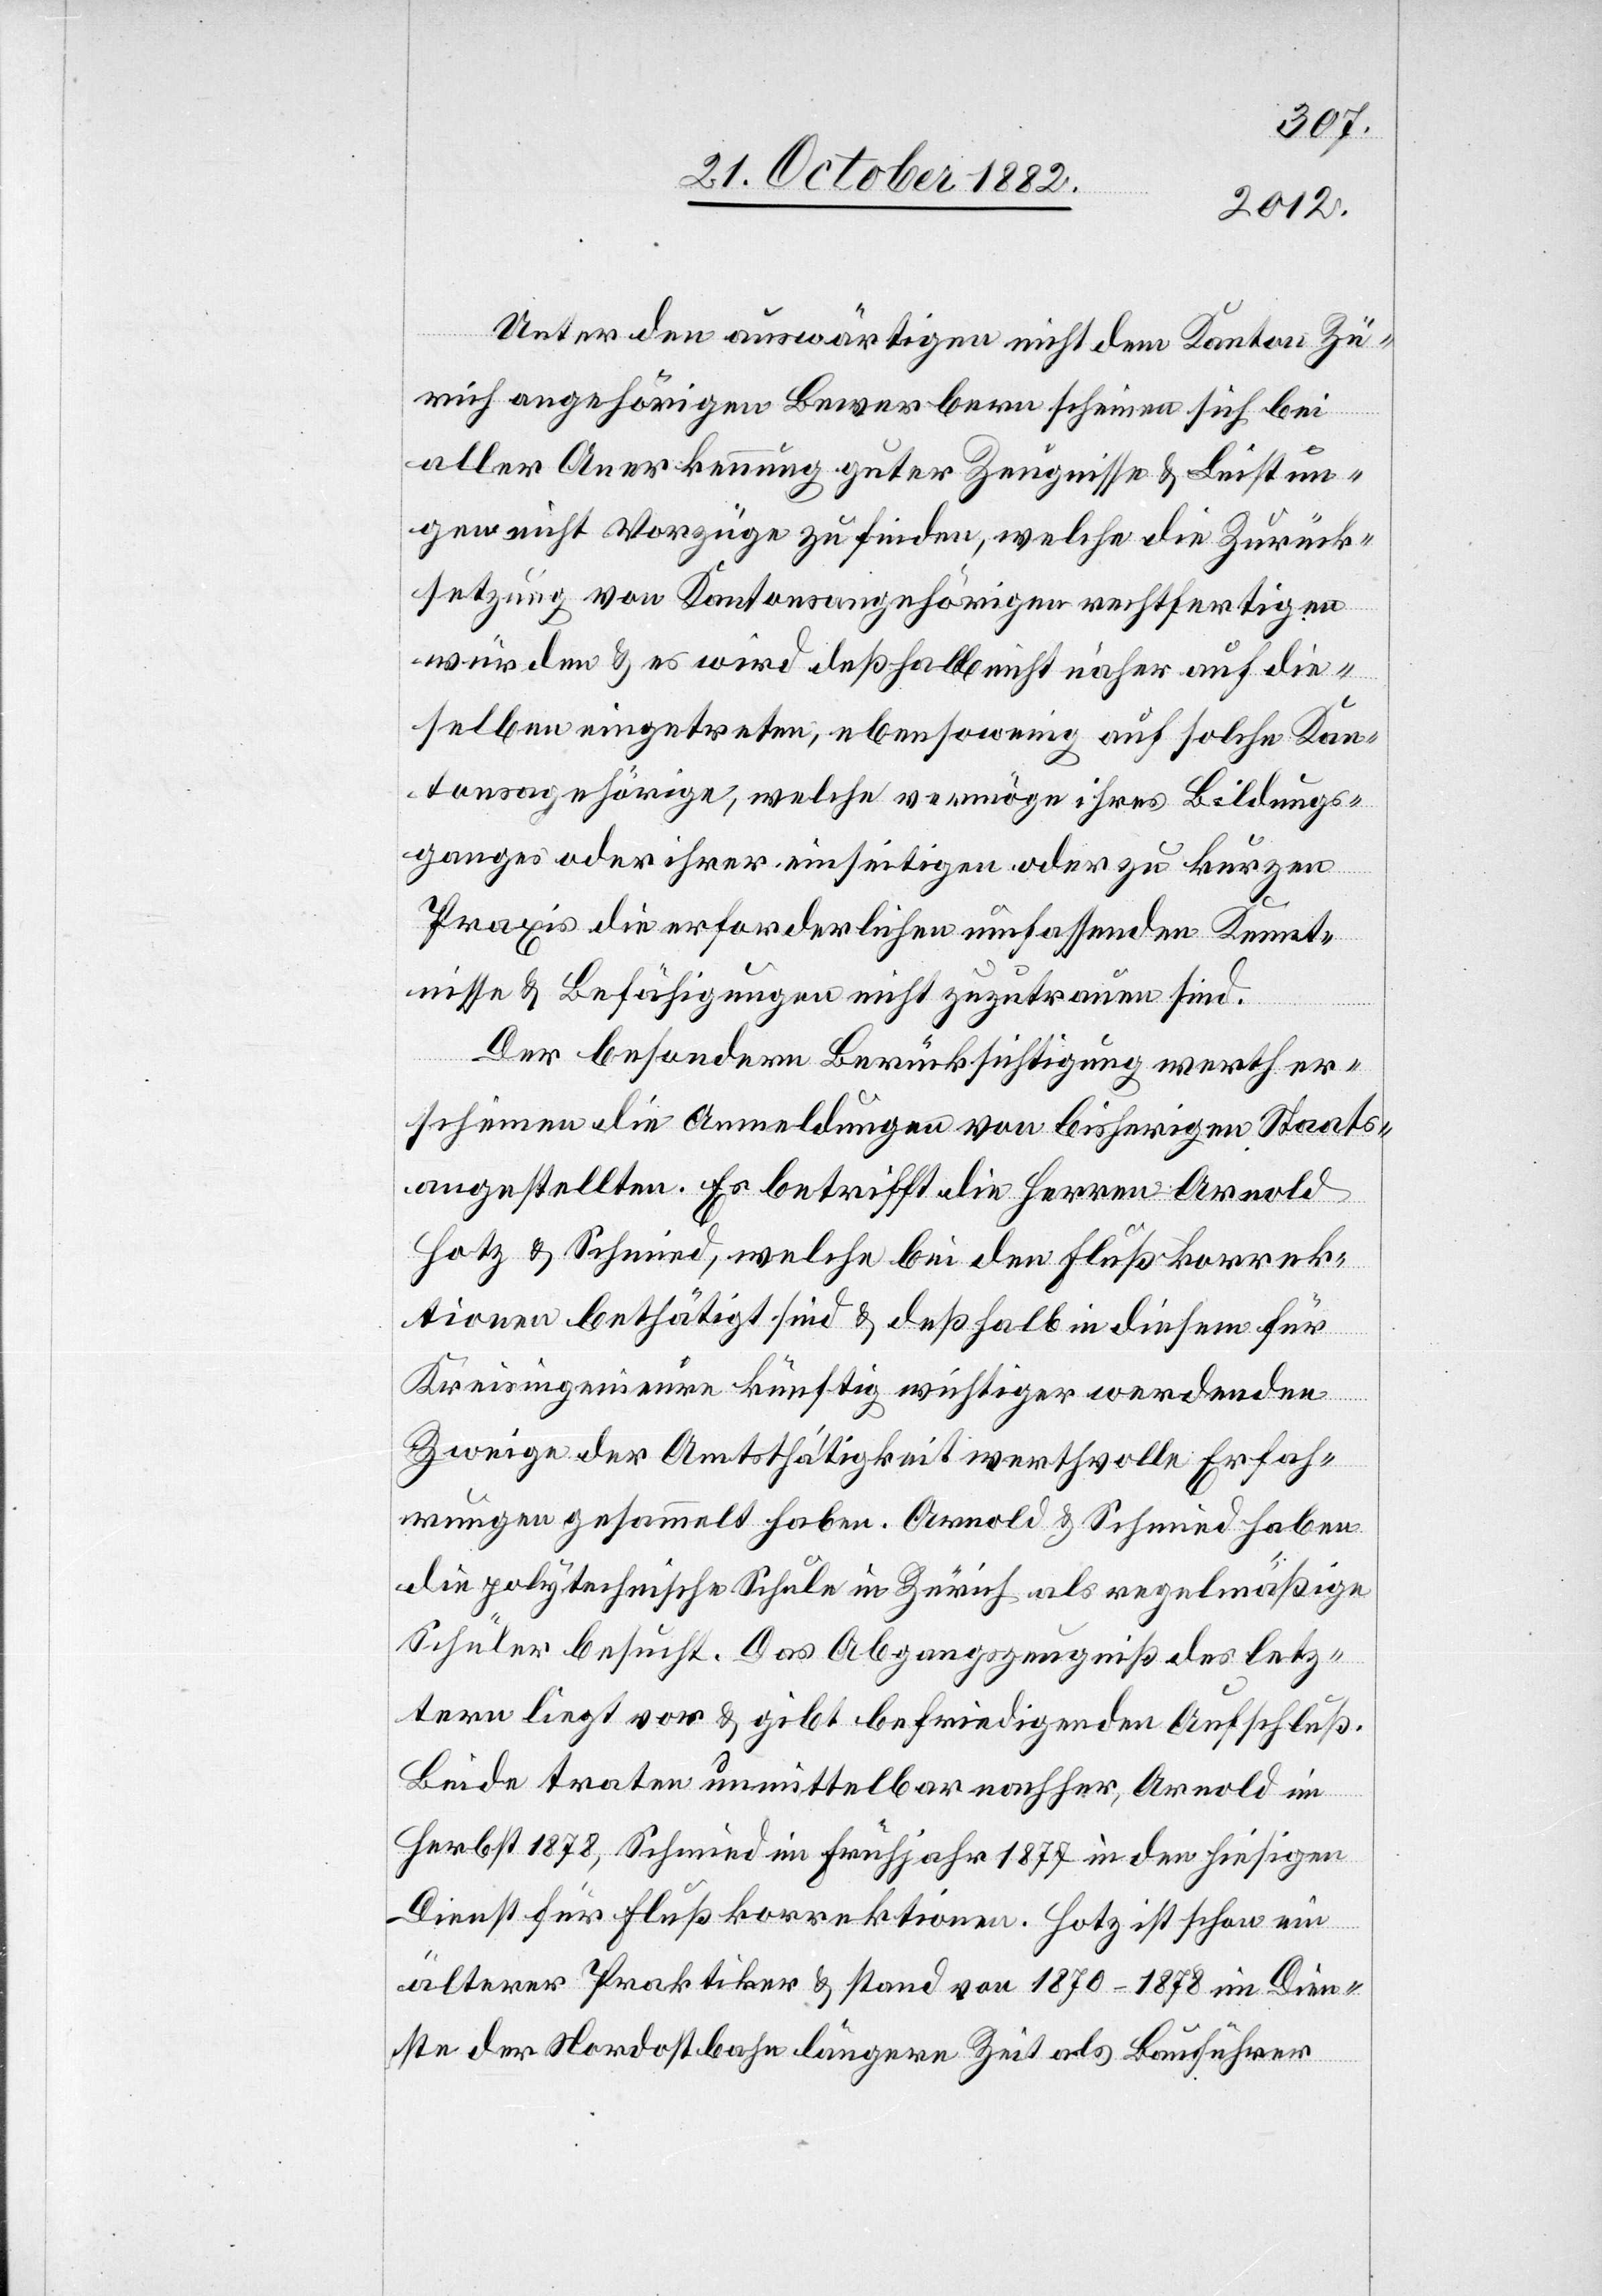
Unter den auswärtigen nicht dem Kanton Zü¬
rich angehörigen Bewerbern scheinen sich bei
gs¬
aller Anerkennung guter Zeugnisse & Leistun¬
gen nicht Vorzüge zu finden, welche die Zurück¬
setzung von Kantonsangehörigen rechtfertigen
würden & es wird deßhalb nicht näher auf die¬
selben eingetreten, ebensowenig auf solche Kan¬
tonsangehörige, welche [recte: welchen]
ganges oder ihrer einseitigen oder zu kurzen
Praxis die erforderlichen umfassenden Kennt¬
nisse & Befähigungen nicht zuzutrauen sind.
Der besondern Berücksichtigung werth er¬
scheinen die Anmeldungen von bisherigen Staats¬
angestellten. Es betrifft die Herren Arnold
Hotz & Schmied, welche bei den Flußkorrek¬
tionen bethätigt sind & deßhalb in diesem für
Kreisingenieure künftig wichtiger werdenden
Zweige der Amtsthätigkeit werthvolle Erfah¬
rungen gesammelt haben. Arnold & Schmied haben
die polytechnische Schule in Zürich als regelmäßige
Schüler besucht. Das Abgangszeugniß des letz¬
tern liegt vor & gibt befriedigenden Aufschluß.
Beide traten unmittelbar nachher, Arnold im
Herbst 1878, Schmied im Frühjahr 1877 in den hiesigen
Dienst für Flußkorrektionen. Hotz ist schon ein
älterer Praktiker & stand von 1870–1878 im Dien¬
ste der Nordostbahn längere Zeit als Bauführer